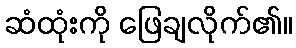
ဆံထုံးကို ဖြေချလိုက်၏။